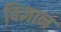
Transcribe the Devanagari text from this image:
वि़ज्ञान